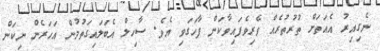
ނެގިއިރު އެއަތަށް ތުރުތުރެއް ވެރިވެފައިވާކަން ފާހަގަވި އެވެ. ސާހިލް އެބަލައިގަތުމުން އަހަރެން ނިކަން